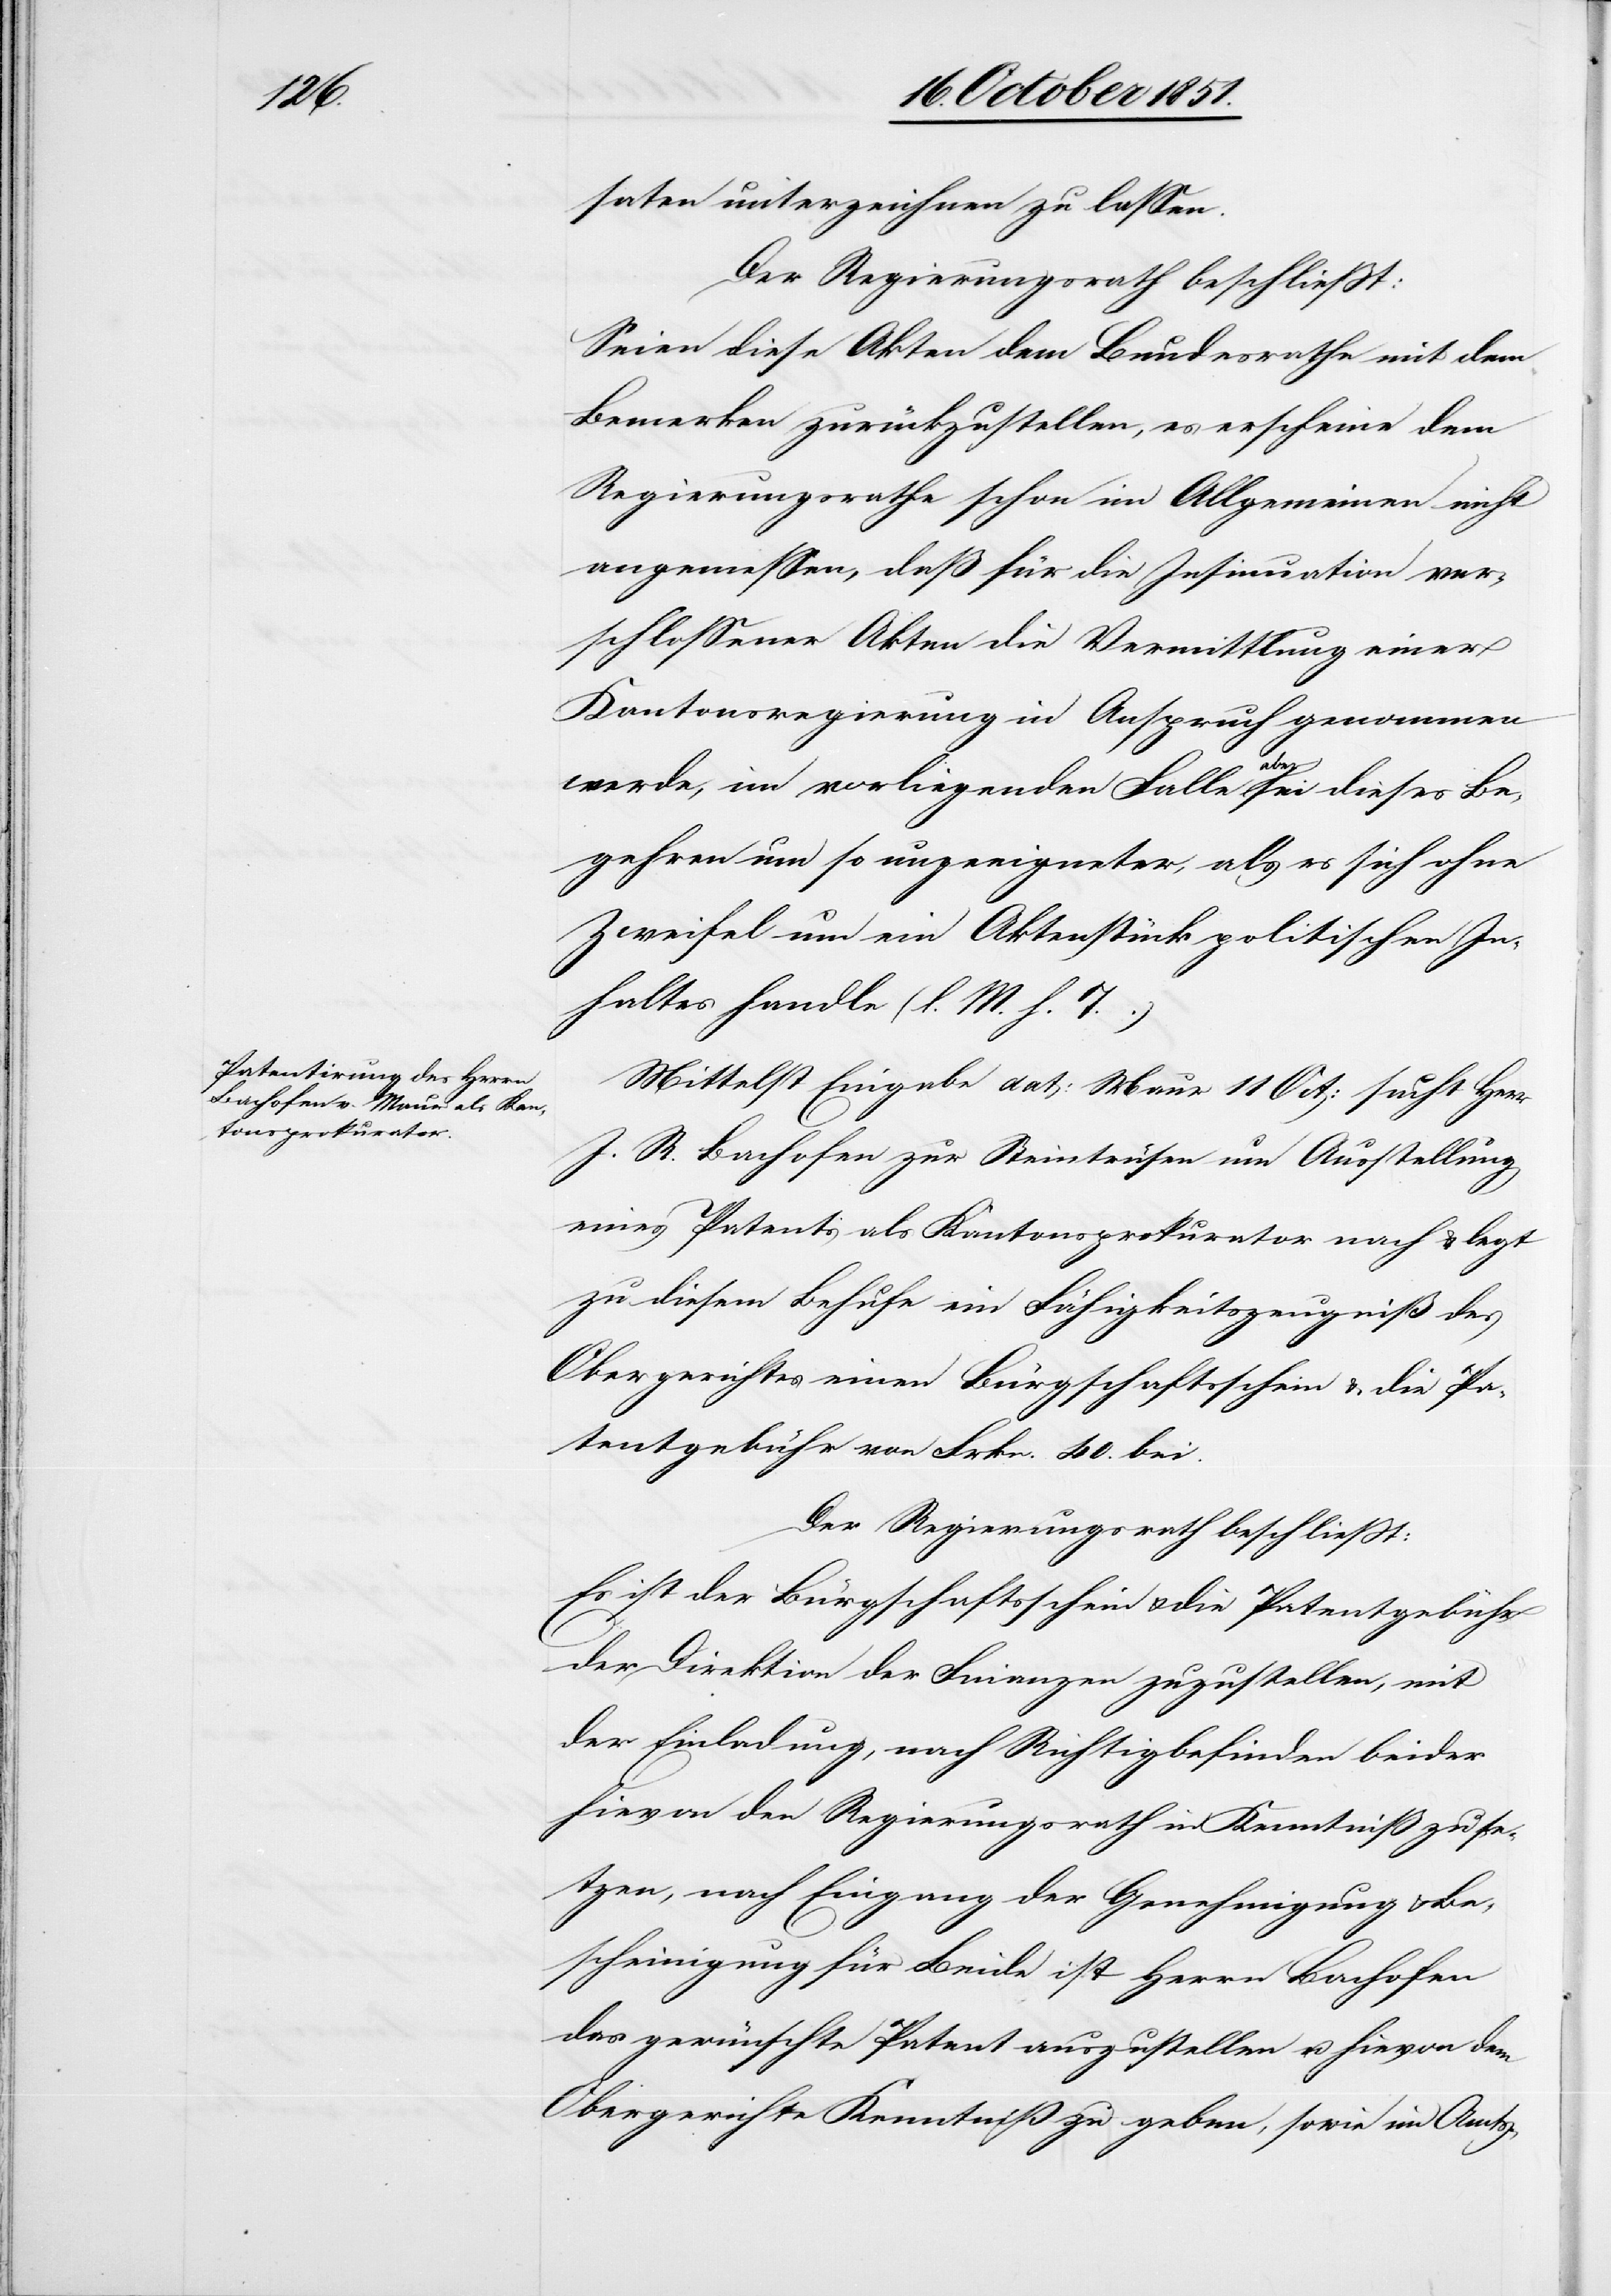
saten unterzeichnen zu lassen.
Der Regierungsrath beschließt:
Seien diese Akten dem Bundesrathe mit dem
Bemerken zurückzustellen, es erscheine dem
Regierungsrathe schon im Allgemeinen nicht
angemessen, daß für die Insinuation ver¬
schlossener Akten die Vermittlung einer
Kantonsregierung in Anspruch genommen
werde, im vorliegenden Falle aber sei dieses Be¬
gehren um so ungeeigneter, als es sich ohne
Zweifel um ein Aktenstück politischen In¬
haltes handle (l. M. h. T.)
Mittelst Eingabe dat: Maur 11 Oct: sucht Herr
J. R. Bachofen zur Steintrüsen um Ausstellung
eines Patents als Kantonsprokurator nach & legt
zu diesem Behufe ein Fähigkeitszeugniß des
Obergerichtes[,] einen Bürgschaftsschein & die Pa¬
tentgebühr von Frkn. 40. bei.
Der Regierungsrath beschließt:
Es ist der Bürgschaftsschein & die Patentgebühr
der Direktion der Finanzen zuzustellen, mit
der Einladung, nach Richtigbefinden beider
hievon den Regierungsrath in Kenntniß zu se¬
tzen, nach Eingang der Genehmigung & Be¬
scheinigung für Beide ist Herrn Bachofen
das gewünschte Patent auszustellen u. hievon dem
Obergerichte Kenntniß zu geben, sowie im Amts-